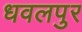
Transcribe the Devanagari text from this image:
धवलपुर